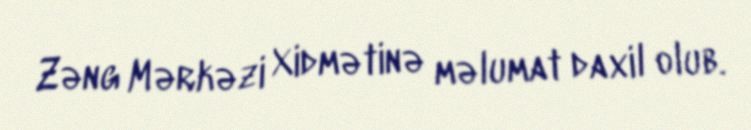
Zəng Mərkəzi Xidmətinə məlumat daxil olub.